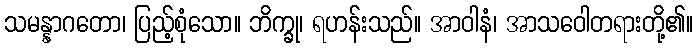
သမန္နာဂတော၊ ပြည့်စုံသော။ ဘိက္ခု၊ ရဟန်းသည်။ အာဝါနံ၊ အာသဝေါတရားတို့၏။